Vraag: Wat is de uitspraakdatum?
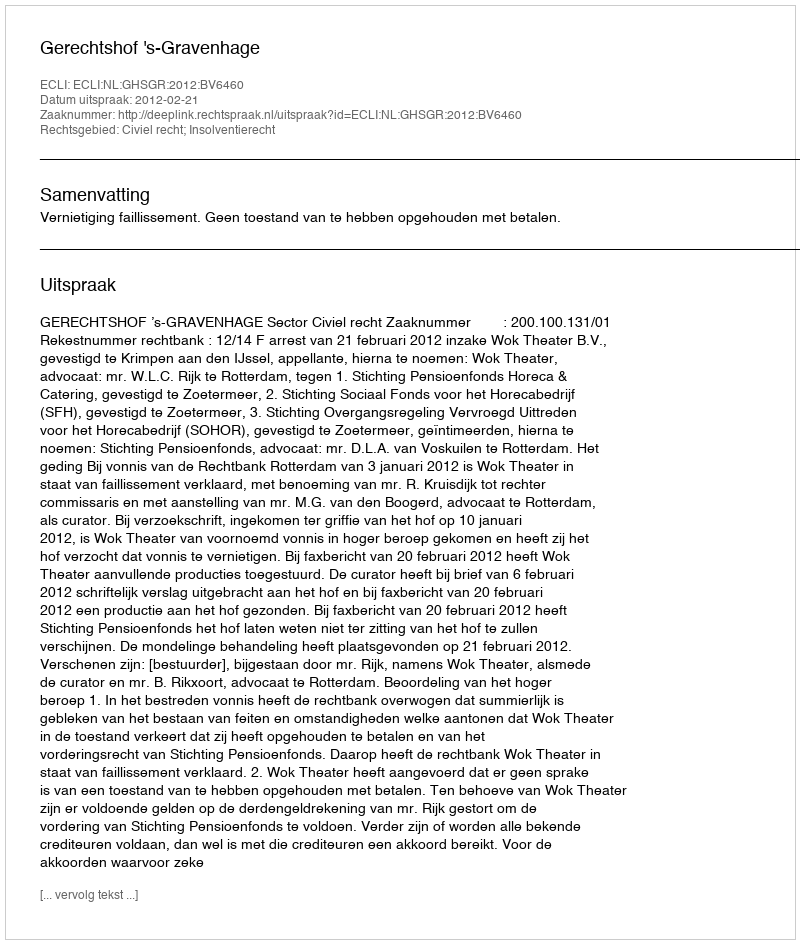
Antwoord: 2012-02-21